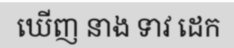
ឃើញ នាង ទាវ ដេក